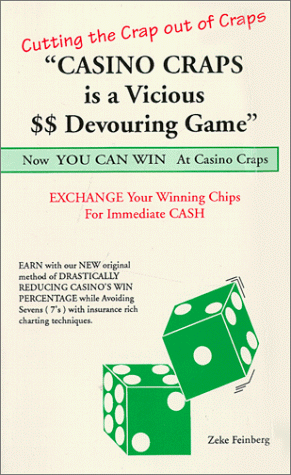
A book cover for Cutting the Craps Out of Craps: Now You Can Win at Casino Craps!; Zeke Feinberg; Health, Fitness & Dieting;